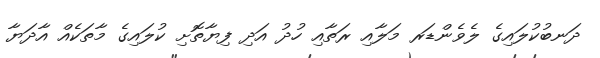
ދަނބުކުލައިގެ ލެވެންޑަރ މަލާއި ރަތާއި ހުދު އަދި ފިޔާތޮށި ކުލައިގެ މާތަކެއް އާދަޔާ